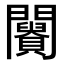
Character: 𨷪